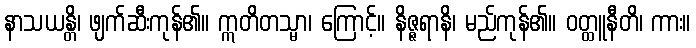
နာသယန္တိ၊ ဖျက်ဆီးကုန်၏။ ဣတိတသ္မာ၊ ကြောင့်။ နိဇ္ဇရာနိ၊ မည်ကုန်၏။ ဝတ္ထူနီတိ၊ ကား။